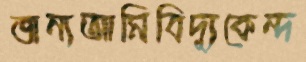
জন্যআমিবিদ্যুকেন্দ